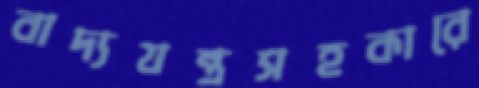
বাদ্যযন্ত্রসহকারে